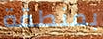
بمنطقة